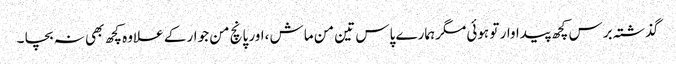
گذشتہ برس کچھ پیداوار تو ہوئی مگرہمارے پاس تین من ماش ،اور پانچ من جوار کے علاوہ کچھ بھی نہ بچا ۔